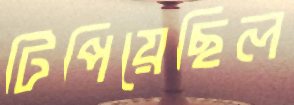
টিপিয়েছিল